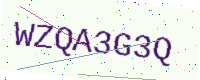
Text: WZQA3G3Q